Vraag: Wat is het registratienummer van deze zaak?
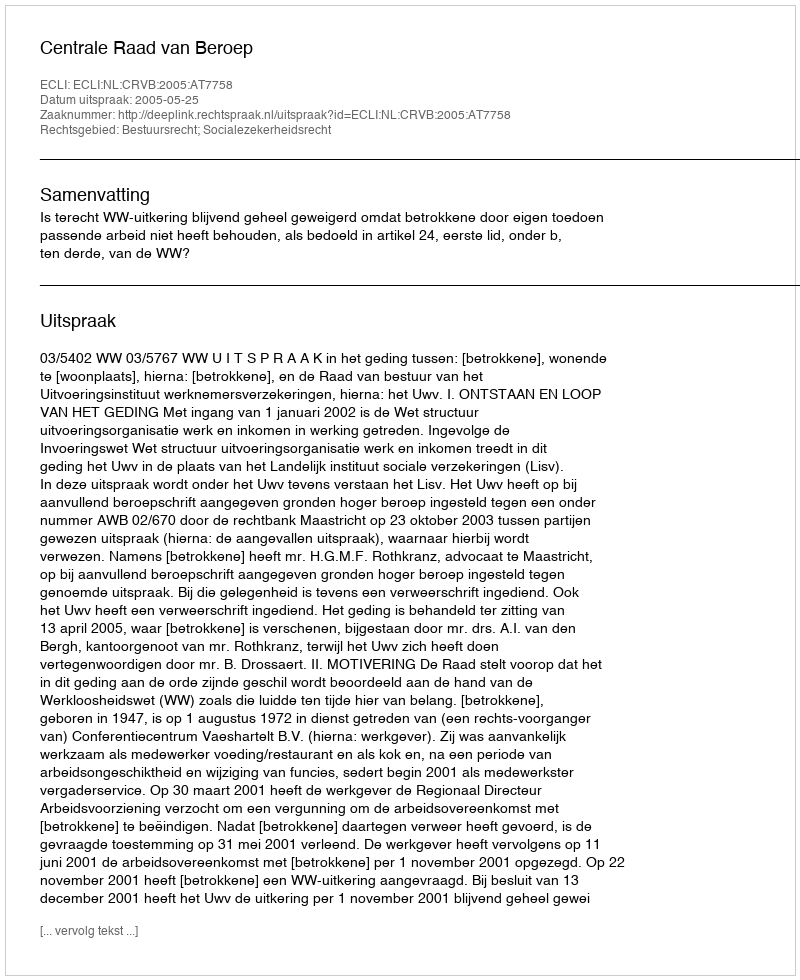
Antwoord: http://deeplink.rechtspraak.nl/uitspraak?id=ECLI:NL:CRVB:2005:AT7758